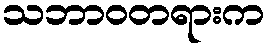
သဘာဝတရားက